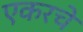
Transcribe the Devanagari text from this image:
एकरचे